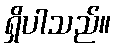
ရှိပါသည်။